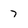
Character: 7